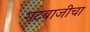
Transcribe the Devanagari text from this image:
गटबाजीचा